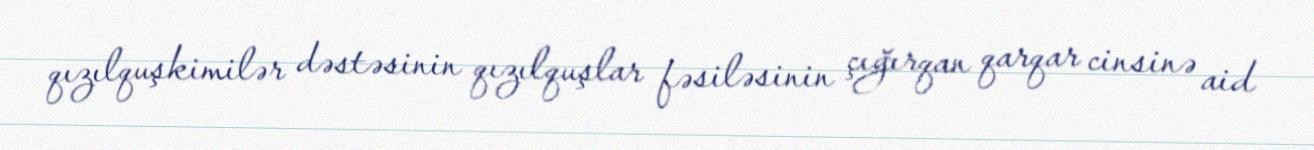
qızılquşkimilər dəstəsinin qızılquşlar fəsiləsinin çığırqan qarqar cinsinə aid